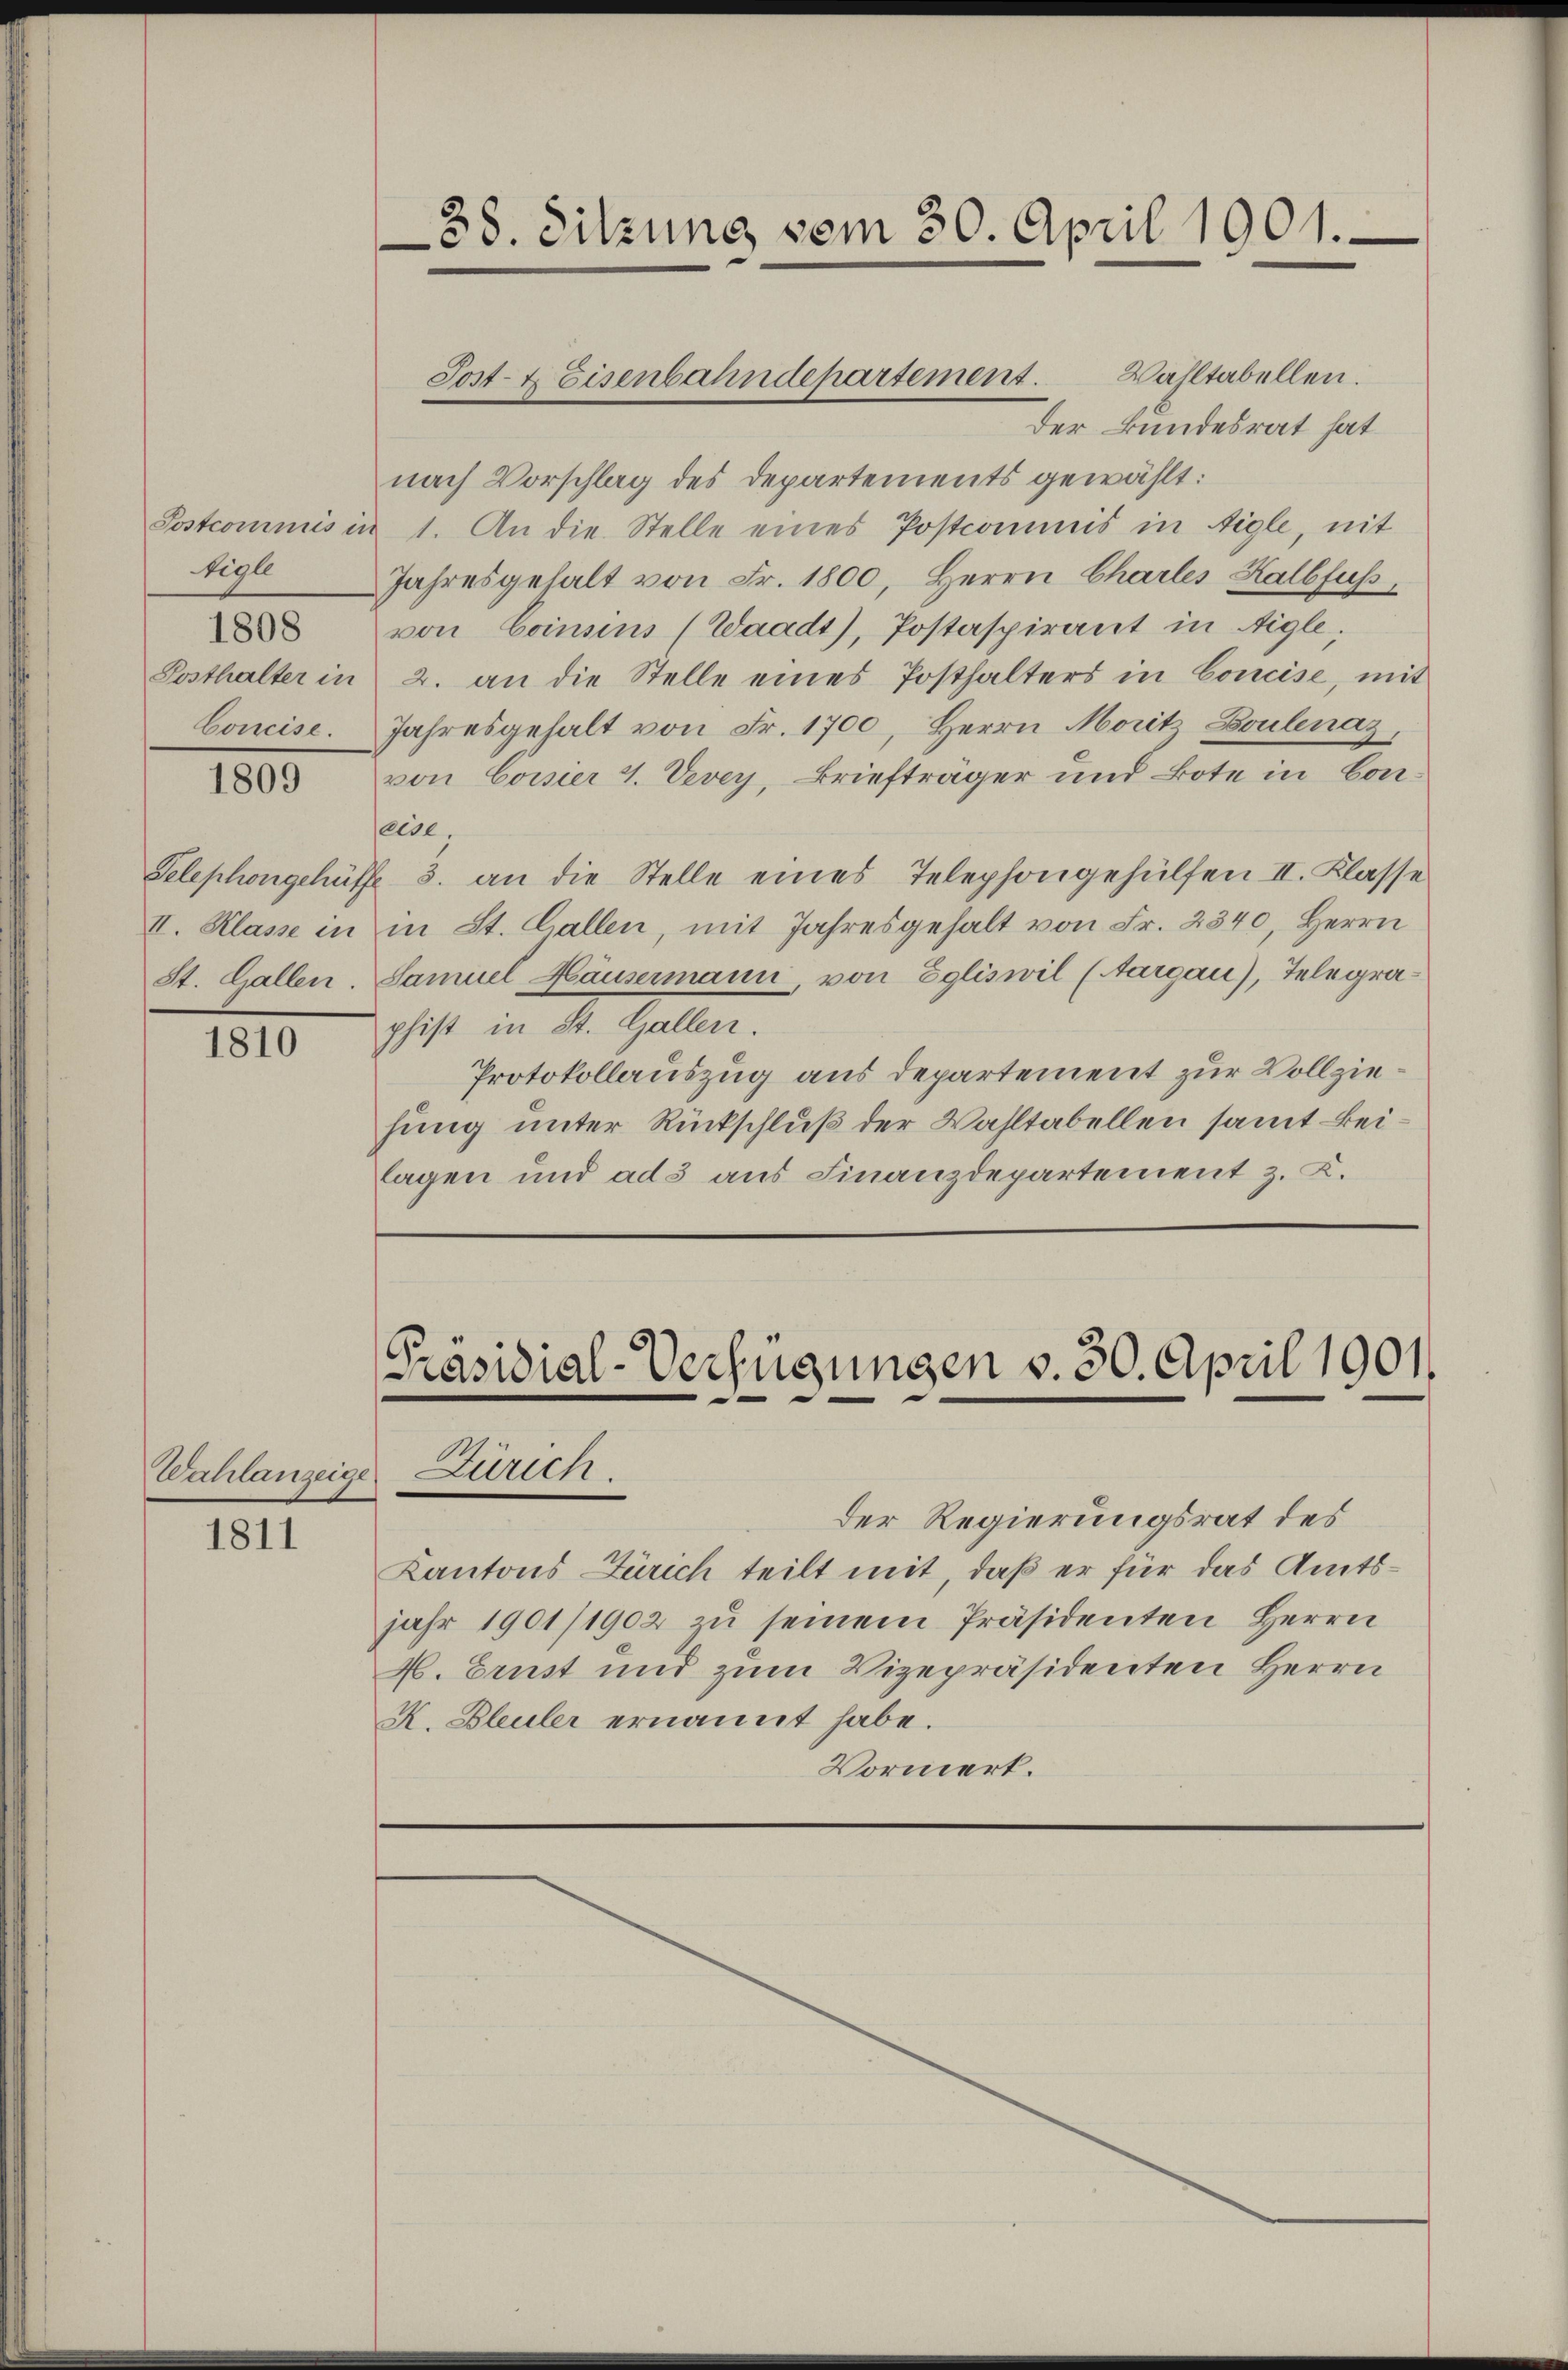
Postcommis in
tigle
1808.
Posthalter in
Concise.

1809

Telephongehülf
II. Klasse in
St. Gallen.

1810

Wahlanzeige Zürich.

1811

38. Sitzung vom 30. April 1901.

Der Bundesrat hat
nach Vorschlag des Departements gewählt:
1. An die Stelle eines Postcommis in Aigle, mit
Jahresgehalt von Fr. 1800, Herrn Chartes Halbfuss,
von Consins (Waadt), Postaspirant in Aigle.
2. an die Stelle eines Posthalters in Concise, mit
Jahresgehalt von Fr. 1700, Herrn Morit, Boulenaz,
von Coisier 4. Vevey, Briefträger und Bote in Coneise,
3. an die Stelle eines Telephongehülfen II. Klasse
in St. Gallen, mit Jahresgehalt von Fr. 2340, Herrn
Samuel Häusermann von Egliswil (Aargau), Telegraphist in St. Gallen.
Protokollauszug aus departement zur Vollziehung unter Rückschluß der Wahltabellen samt keilagen und ad 3 aus Finanzdepartement z. B.

Sost- & Eisenbahndepartement. Wahltabellen.

[Präsidial-Verfügungen v. 30. April 1901.

der Regierungsrat des
Kantons Zürich teilt mit, daß er für das Amtsjahr 1901/1902 zu seinem Präsidenten Herrn
A. Ernst und zum Vizepräsidenten Herrn
K. Bleuler ernannt habe.
Vormerk.